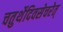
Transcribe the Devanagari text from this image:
चतुर्थेदिवसेचरेत्